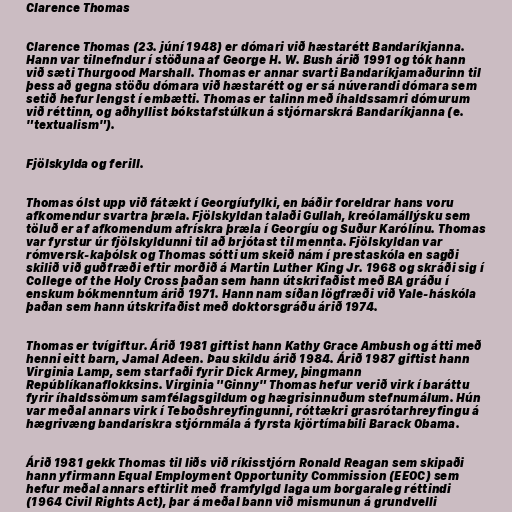
Clarence Thomas

Clarence Thomas (23. júní 1948) er dómari við hæstarétt Bandaríkjanna.
Hann var tilnefndur í stöðuna af George H. W. Bush árið 1991 og tók hann
við sæti Thurgood Marshall. Thomas er annar svarti Bandaríkjamaðurinn til
þess að gegna stöðu dómara við hæstarétt og er sá núverandi dómara sem
setið hefur lengst í embætti. Thomas er talinn með íhaldssamri dómurum
við réttinn, og aðhyllist bókstafstúlkun á stjórnarskrá Bandaríkjanna (e.
"textualism").

Fjölskylda og ferill.

Thomas ólst upp við fátækt í Georgíufylki, en báðir foreldrar hans voru
afkomendur svartra þræla. Fjölskyldan talaði Gullah, kreólamállýsku sem
töluð er af afkomendum afrískra þræla í Georgíu og Suður Karólínu. Thomas
var fyrstur úr fjölskyldunni til að brjótast til mennta. Fjölskyldan var
rómversk-kaþólsk og Thomas sótti um skeið nám í prestaskóla en sagði
skilið við guðfræði eftir morðið á Martin Luther King Jr. 1968 og skráði sig í
College of the Holy Cross þaðan sem hann útskrifaðist með BA gráðu í
enskum bókmenntum árið 1971. Hann nam síðan lögfræði við Yale-háskóla
þaðan sem hann útskrifaðist með doktorsgráðu árið 1974.

Thomas er tvígiftur. Árið 1981 giftist hann Kathy Grace Ambush og átti með
henni eitt barn, Jamal Adeen. Þau skildu árið 1984. Árið 1987 giftist hann
Virginia Lamp, sem starfaði fyrir Dick Armey, þingmann
Repúblíkanaflokksins. Virginia "Ginny" Thomas hefur verið virk í baráttu
fyrir íhaldssömum samfélagsgildum og hægrisinnuðum stefnumálum. Hún
var meðal annars virk í Teboðshreyfingunni, róttækri grasrótarhreyfingu á
hægrivæng bandarískra stjórnmála á fyrsta kjörtímabili Barack Obama.

Árið 1981 gekk Thomas til liðs við ríkisstjórn Ronald Reagan sem skipaði
hann yfirmann Equal Employment Opportunity Commission (EEOC) sem
hefur meðal annars eftirlit með framfylgd laga um borgaraleg réttindi
(1964 Civil Rights Act), þar á meðal bann við mismunun á grundvelli